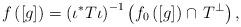
LaTeX: \begin{align*} f\left([g]\right)=\left(\iota^{\ast}T\iota \right)^{-1}\left(f_0\left([g]\right)\cap \,T^{\bot}\right), \end{align*}